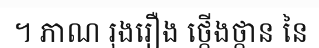
។ ភាណ រុងរឿង ថ្កើងថ្កាន នៃ